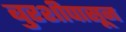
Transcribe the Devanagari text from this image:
बुरशीपासून